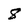
Character: 8